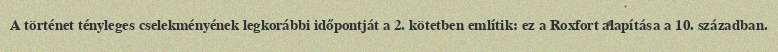
A történet tényleges cselekményének legkorábbi időpontját a 2. kötetben említik: ez a Roxfort alapítása a 10. században.